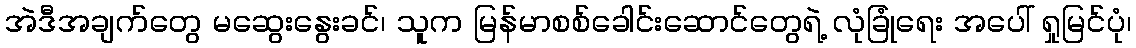
အဲဒီအချက်တွေ မဆွေးနွေးခင်၊ သူက မြန်မာစစ်ခေါင်းဆောင်တွေရဲ့ လုံခြုံရေး အပေါ် ရှုမြင်ပုံ၊